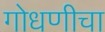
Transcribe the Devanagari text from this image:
गोधणीचा